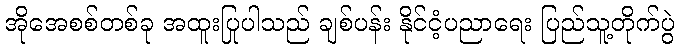
အိုအေစစ်တစ်ခု အထူးပြုပါသည် ချစ်ပန်း နိုင်ငံ့ပညာရေး ပြည်သူ့တိုက်ပွဲ